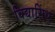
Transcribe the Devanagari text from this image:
विद्यासिंधु